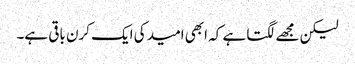
لیکن مجھے لگتا ہے کہ ابھی امید کی ایک کرن باقی ہے۔